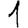
Digit: 1